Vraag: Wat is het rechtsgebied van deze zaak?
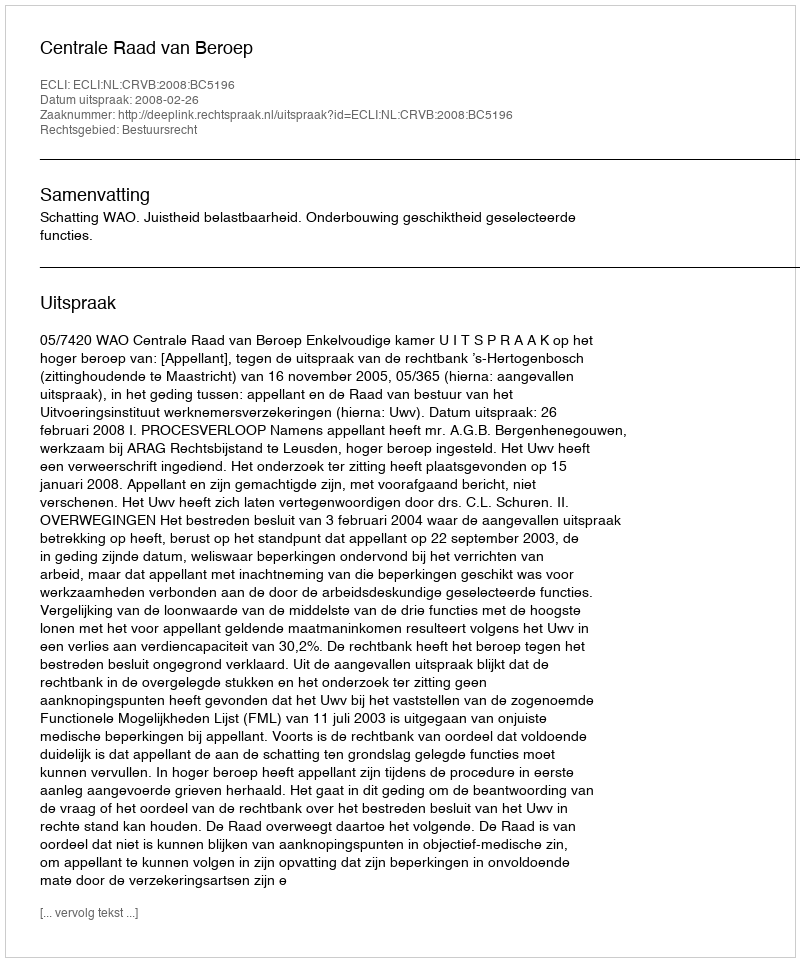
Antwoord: Bestuursrecht